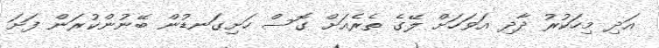
އަދި މިހަކުރު ދާދި އަވަހަށް ލޭގެ ތެރެއަށް ގޮސް ހަށިގަނޑުން ބޭނުންކުރަން ފަށަ